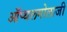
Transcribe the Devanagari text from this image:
ऑप्थलमोलाजी